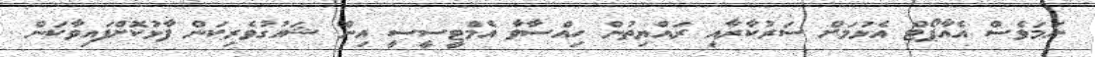
ނަމަވެސް އެއާޕޯޓް އެޅުމަށް ސަރުކާރާއި ރައްޔިތުން ހިއްސާވާ އެމްޓީސީސީ އިން ޝައުގުވެރިކަން ފާޅުކޮށްފައިވާކަން